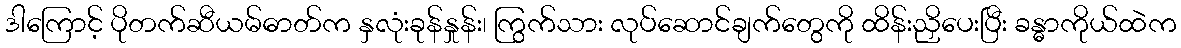
ဒါကြောင့် ပိုတက်ဆီယမ်ဓာတ်က နှလုံးခုန်နှုန်း၊ ကြွက်သား လုပ်ဆောင်ချက်တွေကို ထိန်းညှိပေးပြီး ခန္ဓာကိုယ်ထဲက